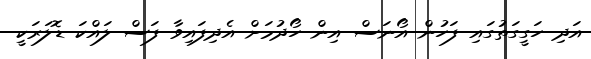
އަދި ހަގީގަތުގައި ފަހުން އޯނަސް އިން ހޯދުމަށް އެދިފައިވާ ފަސް ލައްކަ ޑޮލަރަކީ